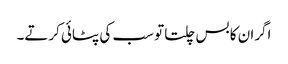
اگران کا بس چلتا تو سب کی پٹائی کرتے۔